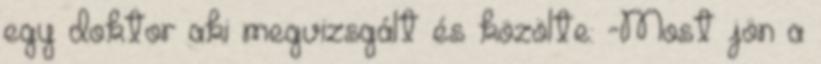
egy doktor aki megvizsgált és közölte: -Most jön a